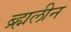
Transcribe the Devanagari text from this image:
ब्र्ह्मलीन